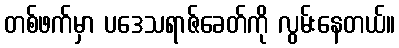
တစ်ဖက်မှာ ပဒေသရာဇ်ခေတ်ကို လွမ်းနေတယ်။